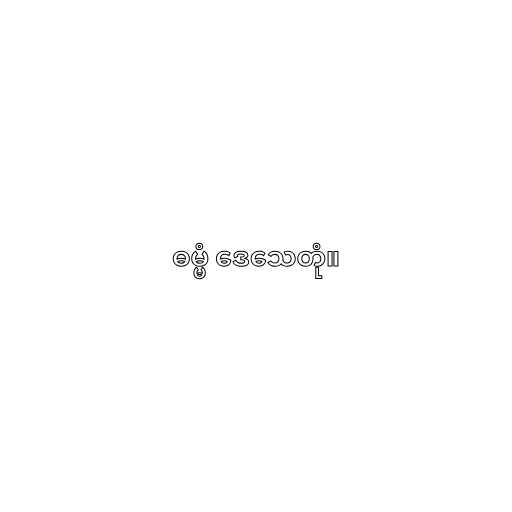
ဓမ္မံ ဒေသေတုံ။